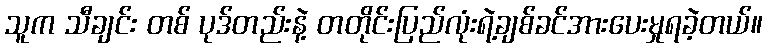
သူက သီချင်း တစ် ပုဒ်တည်းနဲ့ တတိုင်းပြည်လုံးရဲ့ချစ်ခင်အားပေးမှုရခဲ့တယ်။